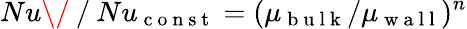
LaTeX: Nu\/ ⁄Nu_{\mathrm{~c~o~n~s~t~}}=(\mu_{\mathrm{~b~u~l~k~}}/\mu_{\mathrm{~w~a~l~l~}})^{n}